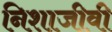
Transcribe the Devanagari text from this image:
निशाजीवी